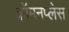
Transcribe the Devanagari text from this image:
कॉमनप्लेस